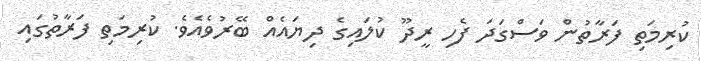
ކުރިމަތި ފަރާތުން ވަސްގަދަ ފެހި ރީދޫ ކުލައިގެ ދިޔައެއް ބޭރުވެއެވެ. ކުރިމަތި ފަރާތުގައި